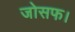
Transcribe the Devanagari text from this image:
जोसफ।